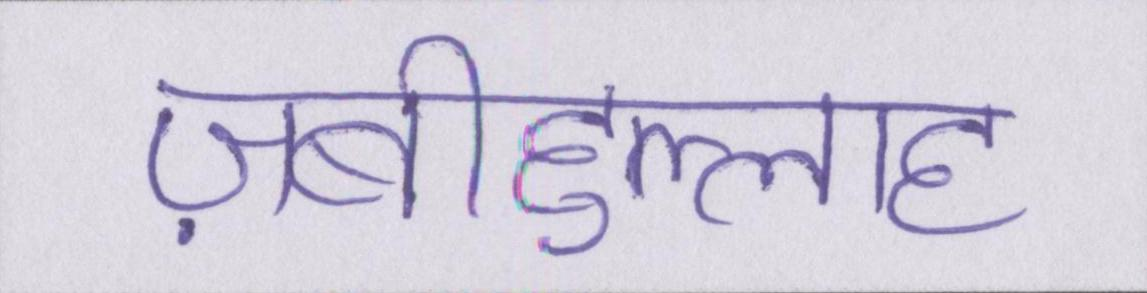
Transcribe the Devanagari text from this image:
ज़बीहुल्लाह